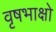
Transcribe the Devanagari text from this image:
वृषभाक्षो